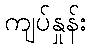
ကျပ်နှုန်း